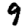
Digit: 9